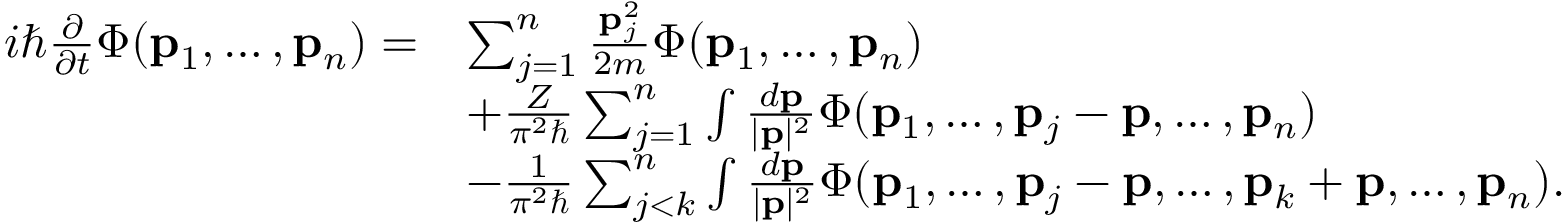
\begin{array} { r l } { i \hbar { \frac { \partial } { \partial t } } \Phi ( \mathbf { p } _ { 1 } , \ldots , \mathbf { p } _ { n } ) = } & { \sum _ { j = 1 } ^ { n } \frac { \mathbf { p } _ { j } ^ { 2 } } { 2 m } \Phi ( \mathbf { p } _ { 1 } , \ldots , \mathbf { p } _ { n } ) } \\ & { + { \frac { Z } { \pi ^ { 2 } \hbar } } \sum _ { j = 1 } ^ { n } \int \frac { d \mathbf { p } } { | \mathbf { p } | ^ { 2 } } \Phi ( \mathbf { p } _ { 1 } , \ldots , \mathbf { p } _ { j } - \mathbf { p } , \ldots , \mathbf { p } _ { n } ) } \\ & { - { \frac { 1 } { \pi ^ { 2 } \hbar } } \sum _ { j < k } ^ { n } \int \frac { d \mathbf { p } } { | \mathbf { p } | ^ { 2 } } \Phi ( \mathbf { p } _ { 1 } , \ldots , \mathbf { p } _ { j } - \mathbf { p } , \ldots , \mathbf { p } _ { k } + \mathbf { p } , \ldots , \mathbf { p } _ { n } ) . } \end{array}